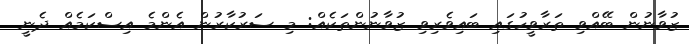
ޒުވާނުން ބޭއްވި ތަރާވީހުގައި ބައިވެރިވި ޒުވާނުންތަކެއް: މި ސަރުކާރުން އެންމެ އިސްކަމެއް ދެނީ